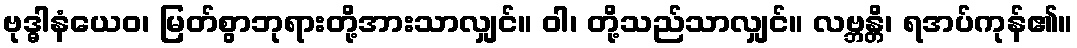
ဗုဒ္ဓါနံယေဝ၊ မြတ်စွာဘုရားတို့အားသာလျှင်။ ဝါ၊ တို့သည်သာလျှင်။ လဗ္ဘန္တိ၊ ရအပ်ကုန်၏။